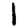
Digit: 1